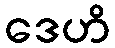
ဒေဟိ